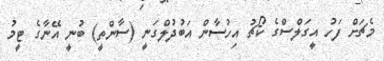
މެޗަށް ފަހު އީގަލްސްގެ ކޯޗު އިހުސާން އަބުދުލްގަނީ (ސާންތީ) ބުނީ އޭނާގެ ޓީމު